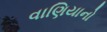
વાણિયાનો